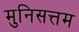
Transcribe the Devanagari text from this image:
मुनिसत्तम